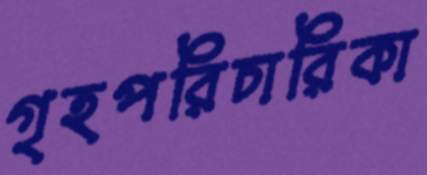
গৃহপরিচারিকা